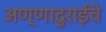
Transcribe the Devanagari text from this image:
अण्णादुराईचे